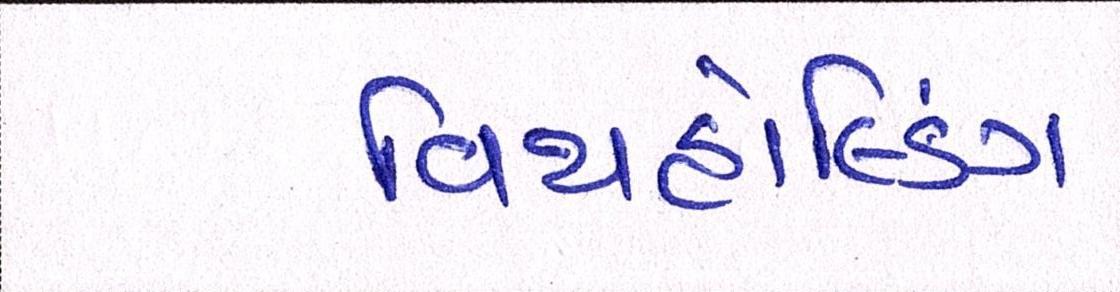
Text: વિથહોલ્ડિંગ